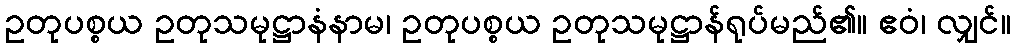
ဥတုပစ္စယ ဥတုသမုဋ္ဌာနံနာမ၊ ဥတုပစ္စယ ဥတုသမုဋ္ဌာန်ရုပ်မည်၏။ ဧဝံ၊ လျှင်။